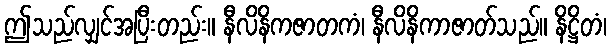
ဤသည်လျှင်အပြီးတည်း။ နီလိနိကဇာတကံ၊ နီလိနိကာဇာတ်သည်။ နိဋ္ဌိတံ၊